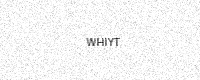
Text: WHIYT